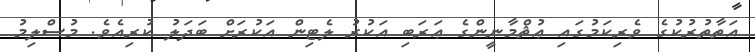
އަތާތުރުކުގެ ވެރިކަމުގައި ޢުޘްމާނީންގެ ޢަރަބި އަކުރު ލެޓިން އަކުރަށް ބަދަލު ކުރިއެވެ. މުސްލިމު